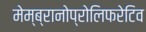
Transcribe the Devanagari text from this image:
मेम्ब्रानोप्रोलिफरेटिव